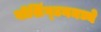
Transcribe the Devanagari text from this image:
वॉशिंग्टनमध्ये